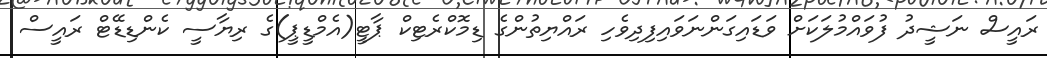
ރައީސް ނަޝީދު ފުވައްމުލަކަށް ވަޑައިގަންނަވައިފިދިވެހި ރައްޔިތުންގެ ޑިމޮކްރެޓިކް ޕާޓީ(އެމްޑީޕީ)ގެ ރިޔާސީ ކެންޑިޑޭޓް ރައީސް